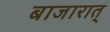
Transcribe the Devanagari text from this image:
बाजारात्‌